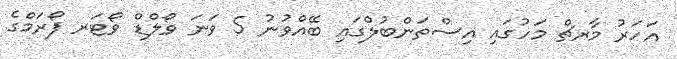
އަހަރު މާރޗް މަހުގައި އިސްތަންބުލްގައި ބޭއްވުނު 5 ވަނަ ވޯލްޑް ވޯޓަރ ފޯރަމްގެ